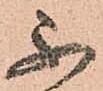
不